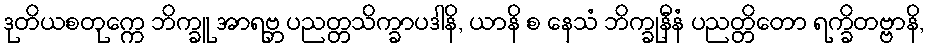
ဒုတိယစတုက္ကေ ဘိက္ခူ အာရဗ္ဘ ပညတ္တသိက္ခာပဒါနိ, ယာနိ စ နေသံ ဘိက္ခုနီနံ ပညတ္တိတော ရက္ခိတဗ္ဗာနိ,